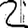
Digit: 2